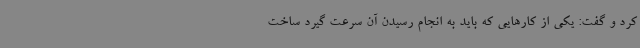
کرد و گفت: یکی از کارهایی که باید به انجام رسیدن آن سرعت گیرد ساخت